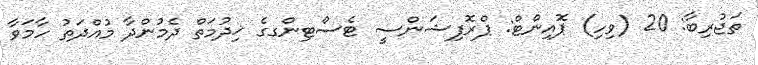
ތަޖުރިބާ: 20 (ވިހި) ޕޮއިންޓް: ޕްރޮފިޝަންސީ ޓެސްޓިންގގެ ޚިދުމަތް ދެމުންދާ މުއްދަތު ހާމަވާ